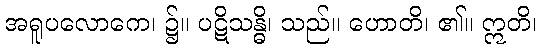
အရူပလောကေ၊ ၌။ ပဋိသန္ဓိ၊ သည်။ ဟောတိ၊ ၏။ ဣတိ၊